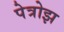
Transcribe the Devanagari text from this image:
पेत्रोझ